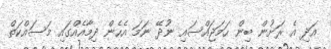
އަދި އެ ރަށުން ބިން ހަމަޖައްސައި ނުދޭ ނަަަމަ އެހެން ދިމާއެއްގައި މަސައްކަތް